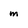
Character: m